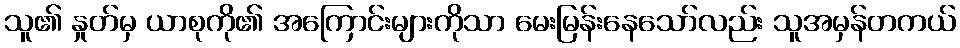
သူ၏ နှုတ်မှ ယာစုကို၏ အကြောင်းများကိုသာ မေးမြန်းနေသော်လည်း သူအမှန်တကယ်